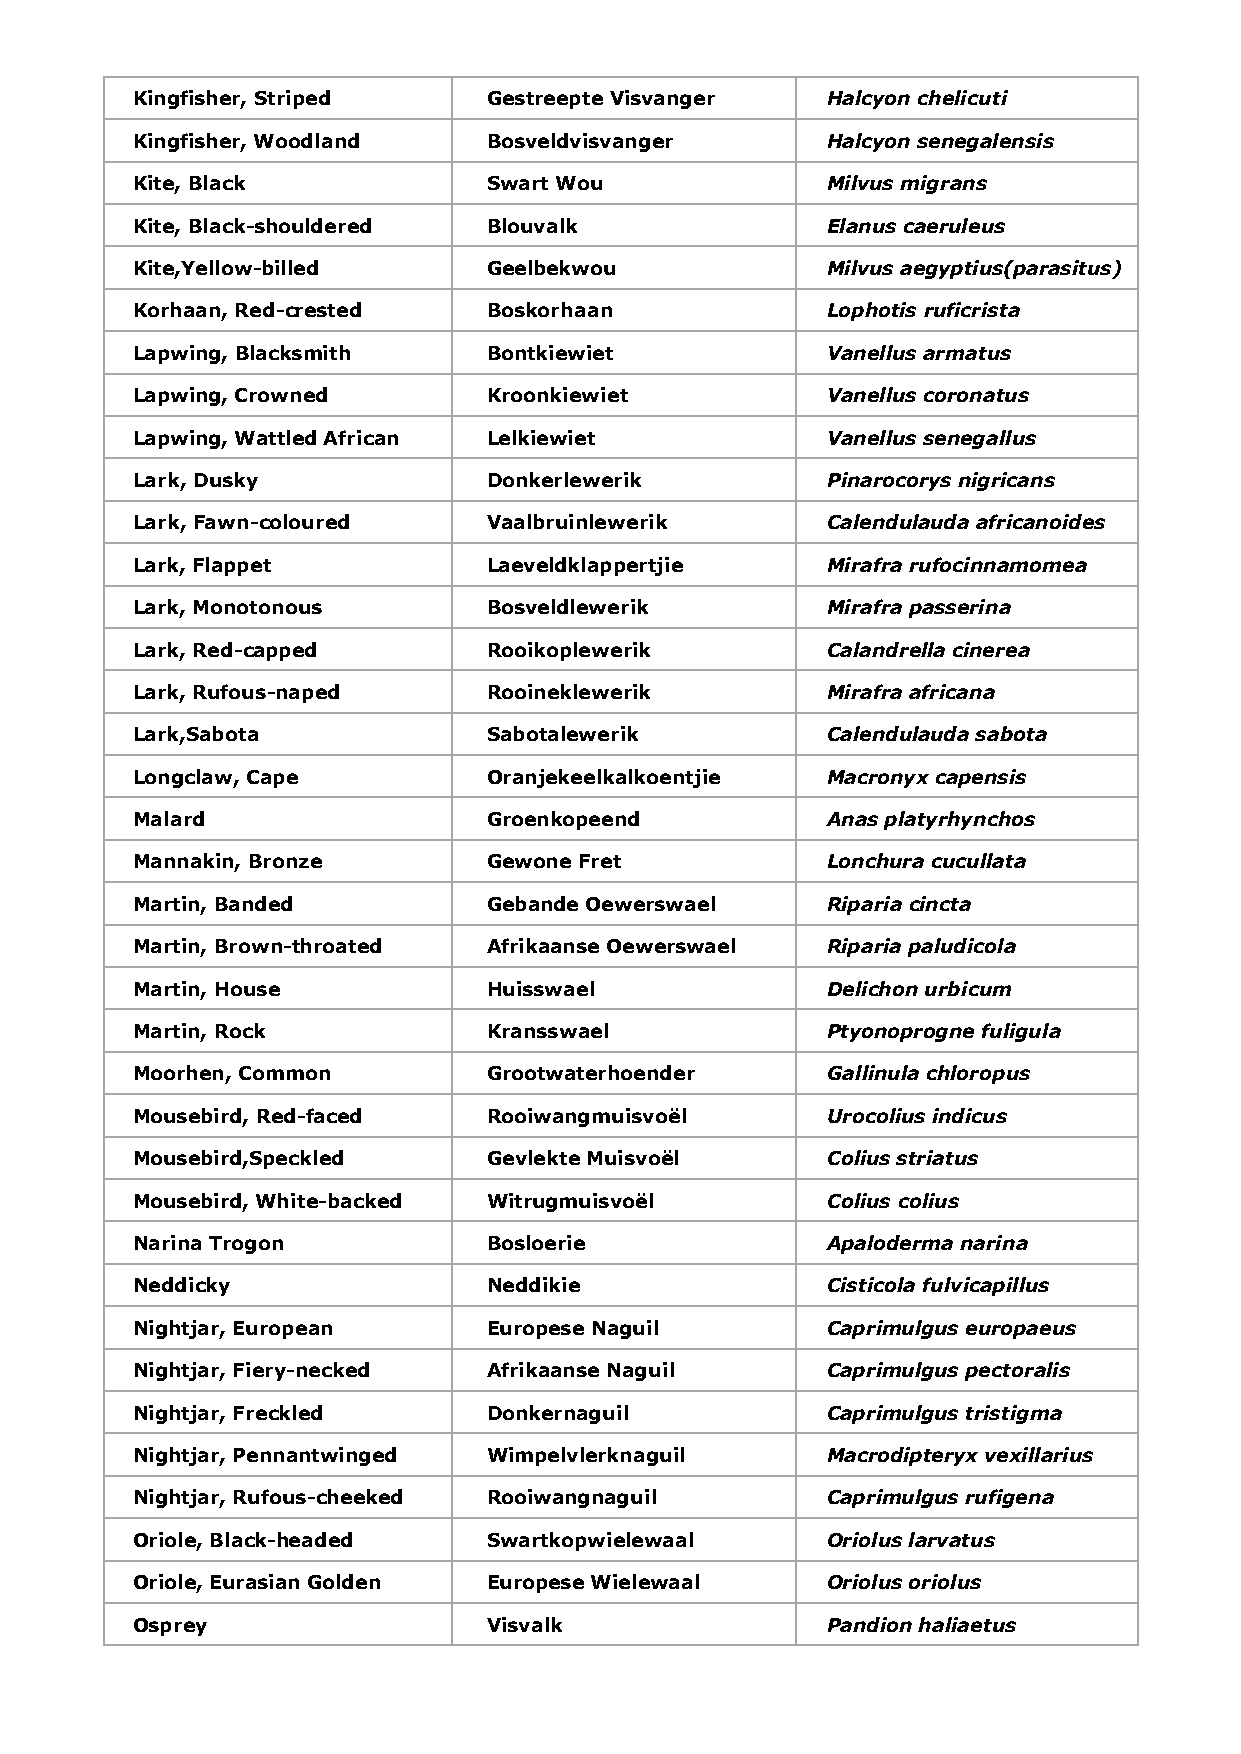
Kingfisher, Striped    Gestreepte Visvanger   Halcyon chelicuti
 Kingfisher, Woodland   Bosveldvisvanger       Halcyon senegalensis
 Kite, Black            Swart Wou              Milvus migrans
 Kite, Black-shouldered Blouvalk               Elanus caeruleus
 Kite,Yellow-billed     Geelbekwou             Milvus aegyptius(parasitus)
 Korhaan, Red-crested   Boskorhaan             Lophotis ruficrista
 Lapwing, Blacksmith    Bontkiewiet            Vanellus armatus
 Lapwing, Crowned       Kroonkiewiet           Vanellus coronatus
 Lapwing, Wattled African Lelkiewiet           Vanellus senegallus
 Lark, Dusky            Donkerlewerik          Pinarocorys nigricans
 Lark, Fawn-coloured    Vaalbruinlewerik       Calendulauda africanoides
 Lark, Flappet          Laeveldklappertjie     Mirafra rufocinnamomea
 Lark, Monotonous       Bosveldlewerik         Mirafra passerina
 Lark, Red-capped       Rooikoplewerik         Calandrella cinerea
 Lark, Rufous-naped     Rooineklewerik         Mirafra africana
 Lark,Sabota            Sabotalewerik          Calendulauda sabota
 Longclaw, Cape         Oranjekeelkalkoentjie  Macronyx capensis
 Malard                 Groenkopeend           Anas platyrhynchos
 Mannakin, Bronze       Gewone Fret            Lonchura cucullata
 Martin, Banded         Gebande Oewerswael     Riparia cincta
 Martin, Brown-throated Afrikaanse Oewerswael  Riparia paludicola
 Martin, House          Huisswael              Delichon urbicum
 Martin, Rock           Kransswael             Ptyonoprogne fuligula
 Moorhen, Common        Grootwaterhoender      Gallinula chloropus
 Mousebird, Red-faced   Rooiwangmuisvoël       Urocolius indicus
 Mousebird,Speckled     Gevlekte Muisvoël      Colius striatus
 Mousebird, White-backed Witrugmuisvoël        Colius colius
 Narina Trogon          Bosloerie              Apaloderma narina
 Neddicky               Neddikie               Cisticola fulvicapillus
 Nightjar, European     Europese Naguil        Caprimulgus europaeus
 Nightjar, Fiery-necked Afrikaanse Naguil      Caprimulgus pectoralis
 Nightjar, Freckled     Donkernaguil           Caprimulgus tristigma
 Nightjar, Pennantwinged Wimpelvlerknaguil     Macrodipteryx vexillarius
 Nightjar, Rufous-cheeked Rooiwangnaguil       Caprimulgus rufigena
 Oriole, Black-headed   Swartkopwielewaal      Oriolus larvatus
 Oriole, Eurasian Golden Europese Wielewaal    Oriolus oriolus
 Osprey                 Visvalk                Pandion haliaetus